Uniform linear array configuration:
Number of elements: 64
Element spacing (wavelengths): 0.5
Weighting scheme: uniform
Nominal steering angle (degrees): -60
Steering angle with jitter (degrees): -58.682
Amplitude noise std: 0.05
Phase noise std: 0.05

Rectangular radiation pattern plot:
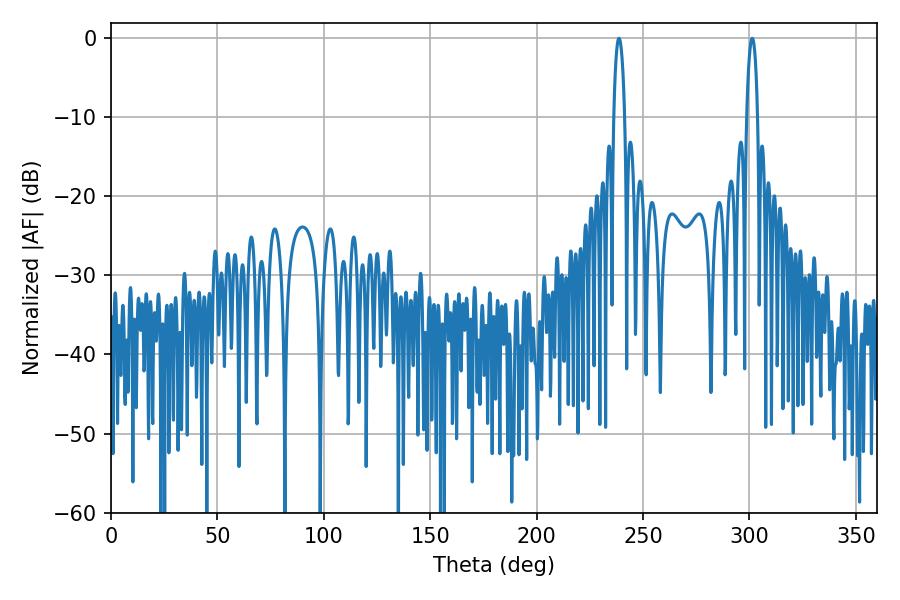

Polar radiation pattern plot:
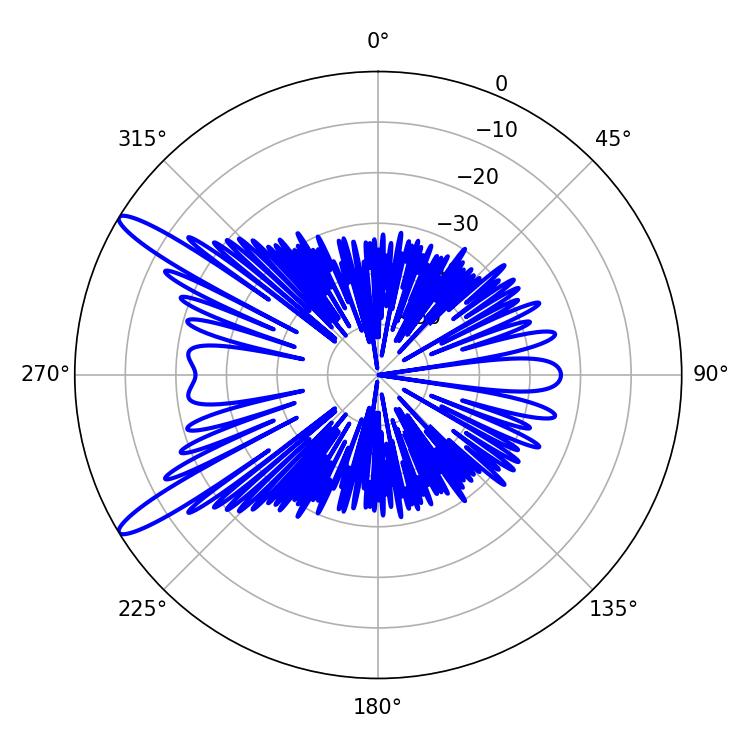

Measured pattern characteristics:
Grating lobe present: FALSE
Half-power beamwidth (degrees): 2.88
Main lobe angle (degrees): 301.32